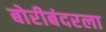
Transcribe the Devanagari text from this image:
बोरीबंदरला